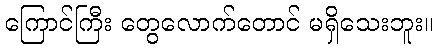
ကြောင်ကြီး တွေလောက်တောင် မရှိသေးဘူး။